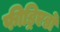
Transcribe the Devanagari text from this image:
फीड्रिएडों